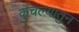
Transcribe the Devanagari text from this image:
कुंचल्यातुन